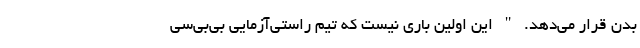
بدن قرار می‌دهد. " این اولین باری نیست که تیم راستی‌آزمایی بی‌بی‌سی